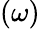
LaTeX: (\omega)